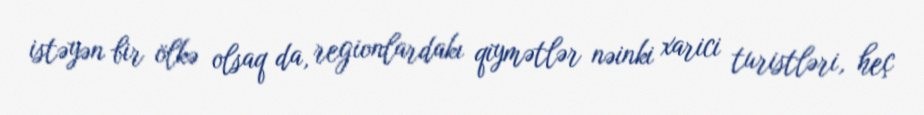
istəyən bir ölkə olsaq da, regionlardakı qiymətlər nəinki xarici turistləri, heç